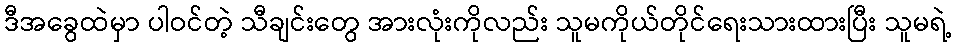
ဒီအခွေထဲမှာ ပါဝင်တဲ့ သီချင်းတွေ အားလုံးကိုလည်း သူမကိုယ်တိုင်ရေးသားထားပြီး သူမရဲ့